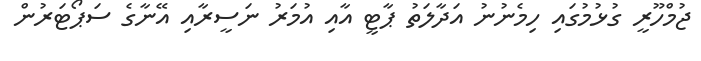
ޖުމްހޫރީ ގުޅުމުގައި ހިމެނުނު އަދާލަތު ޕާޓީ އާއި އުމަރު ނަސީރާއި އޭނާގެ ސަޕޯޓަރުން